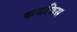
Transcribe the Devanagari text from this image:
कथफिस